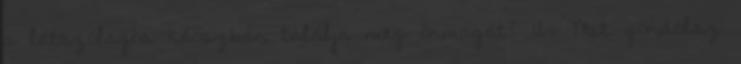
a látszólagos káoszban találja meg önmagát? 12. Mit gondolsz